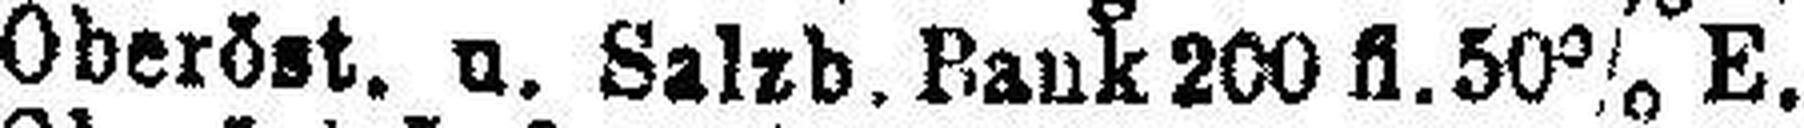
Oberöst. u. Salzb. Bank 200fl. 50% E.